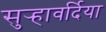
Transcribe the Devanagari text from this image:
सुर्‍हावर्दिया